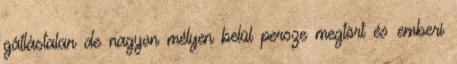
gátlástalan de nagyon mélyen belül persze megtört és emberi